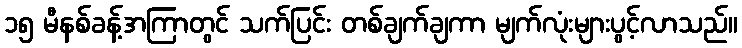
၁၅ မီနစ်ခန့်အကြာတွင် သက်ပြင်း တစ်ချက်ချကာ မျက်လုံးများပွင့်လာသည်။